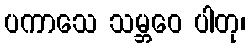
ပကာသေ သမ္ဘဝေ ပါတု၊